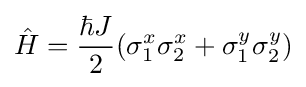
{\hat {H}}={\frac {\hbar J}{2}}(\sigma _{1}^{x}\sigma _{2}^{x}+\sigma _{1}^{y}\sigma _{2}^{y})